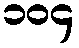
၁၀၄